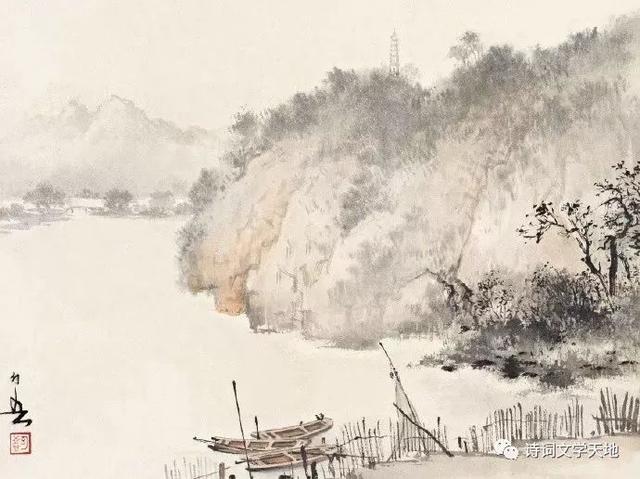
旧山松竹老，阻归程。